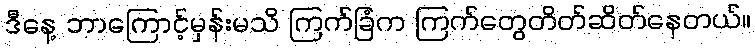
ဒီနေ့ ဘာကြောင့်မှန်းမသိ ကြက်ခြံက ကြက်တွေတိတ်ဆိတ်နေတယ်။